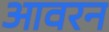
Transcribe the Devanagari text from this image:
आवरन